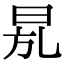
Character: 𣆍